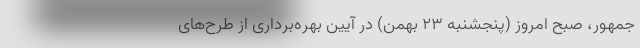
جمهور، صبح امروز (پنجشنبه ۲۳ بهمن) در آیین بهره‌‌برداری از طرح‌های